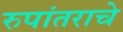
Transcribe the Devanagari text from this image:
रुपांतराचे